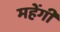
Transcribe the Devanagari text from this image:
महेंगी